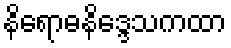
နိရောဓနိဒ္ဒေသကထာ